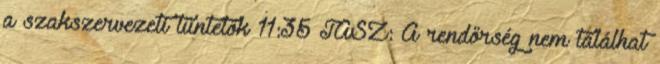
a szakszervezeti tüntetők 11:35 TASZ: A rendőrség nem találhat